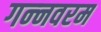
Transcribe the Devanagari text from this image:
गन्‍नवरम